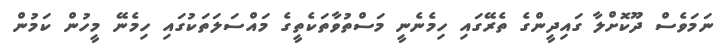
ނަމަވެސް ދޫކޮށްލާ ގައިދީންގެ ތެރޭގައި ހިމެނެނީ މަސްތުވާތަކެތީގެ މައްސަލަތަކުގައި ހިމެނޭ މީހުން ކަމުން